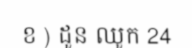
ខ ) ដូន ឈូក 24